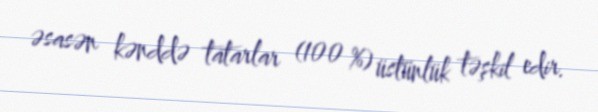
əsasən kənddə tatarlar (100 %) üstünlük təşkil edir.